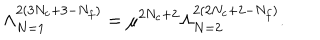
LaTeX: \Lambda _ { N = 1 } ^ { 2 ( 3 N _ { c } + 3 - N _ { f } ) } = \mu ^ { 2 N _ { c } + 2 } \Lambda _ { N = 2 } ^ { 2 ( 2 N _ { c } + 2 - N _ { f } ) } .